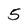
Character: 5